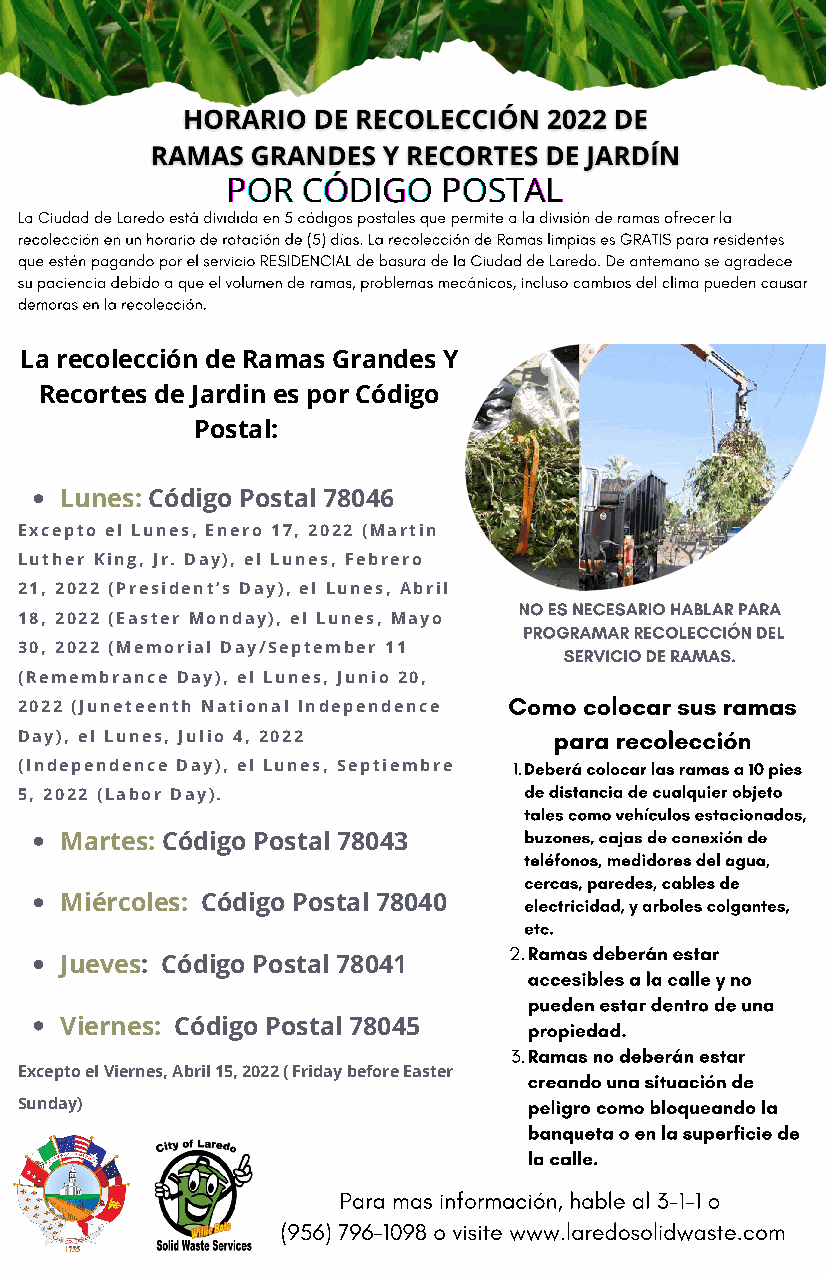
PPPOOORRR CCCÓÓÓDDDIIIGGGOOO PPPOOOSSSTTTAAALLL
 La Ciudad de Laredo está dividida en 5 códigos postales que permite a la división de ramas ofrecer la
 recolección en un horario de rotación de (5) días. La recolección de Ramas limpias es GRATIS para residentes
 que estén pagando por el servicio RESIDENCIAL de basura de la Ciudad de Laredo. De antemano se agradece
 su paciencia debido a que el volumen de ramas, problemas mecánicos, incluso cambios del clima pueden causar
 demoras en la recolección.
 La recolección de Ramas Grandes Y
 Recortes de Jardin es por Código
 Postal:
 Lunes: Código Postal 78046
 Excepto el Lunes, Enero 17, 2022 (Martin
 Luther King, Jr. Day), el Lunes, Febrero
 21, 2022 (President’s Day), el Lunes, Abril
 NO ES NECESARIO HABLAR PARA
 18, 2022 (Easter Monday), el Lunes, Mayo
 PROGRAMAR RECOLECCIÓN DEL
 30, 2022 (Memorial Day/September 11 SERVICIO DE RAMAS.
 (Remembrance Day), el Lunes, Junio 20,
 Como colocar sus ramas
 2022 (Juneteenth National Independence
 Day), el Lunes, Julio 4, 2022       para recolección
 (Independence Day), el Lunes, Septiembre 1.Deberá colocar las ramas a 10 pies
 de distancia de cualquier objeto
 5, 2022 (Labor Day).
 tales como vehículos estacionados,
 Martes: Código Postal 78043    buzones, cajas de conexión de
 teléfonos, medidores del agua,
 cercas, paredes, cables de
 Miércoles: Código Postal 78040 electricidad, y arboles colgantes,
 etc.
 2.Ramas deberán estar
 Jueves: Código Postal 78041
 accesibles a la calle y no
 pueden estar dentro de una
 Viernes: Código Postal 78045   propiedad.
 3.Ramas no deberán estar
 Excepto el Viernes, Abril 15, 2022 ( Friday before Easter creando una situación de
 Sunday)                           peligro como bloqueando la
 banqueta o en la superficie de
 la calle.
 Para mas información, hable al 3-1-1 o
 (956) 796-1098 o visite www.laredosolidwaste.com